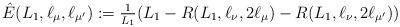
LaTeX: \begin{align*}\hat{E}(L_1,\ell_\mu,\ell_{\mu'}):=\tfrac{1}{L_1}(L_1-R(L_1,\ell_\nu,2\ell_\mu)-R(L_1,\ell_\nu,2\ell_{\mu'}))\end{align*}